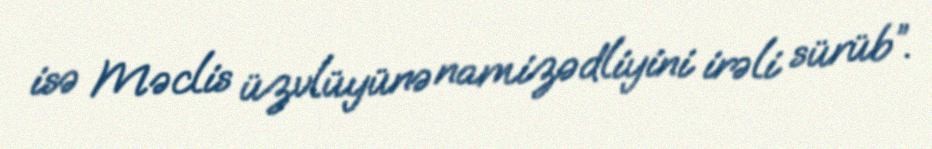
isə Məclis üzvlüyünə namizədliyini irəli sürüb”.